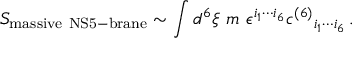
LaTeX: S _ { \mathrm { m a s s i v e \ N S 5 - b r a n e } } \sim \int d ^ { 6 } \xi \ m \ \epsilon ^ { i _ { 1 } \cdots i _ { 6 } } c ^ { ( 6 ) } { } _ { i _ { 1 } \cdots i _ { 6 } } \, .